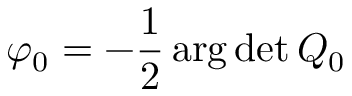
\varphi _ { 0 } = - \frac { 1 } { 2 } \arg \operatorname* { d e t } Q _ { 0 }